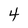
Character: 4